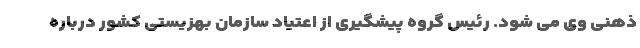
ذهنی وی می شود. رئیس گروه پیشگیری از اعتیاد سازمان بهزیستی کشور درباره